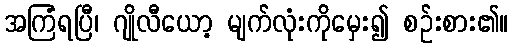
အကြံရပြီ၊ ဂျိုလီယော့ မျက်လုံးကိုမှေး၍ စဉ်းစား၏။